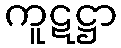
ကူဋဋ္ဌာ